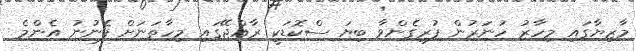
މާޒިޔާގައި މިހާރު ހުނަރުން ފުރިގެންވާ ބިޔަ ސްކޮޑަކީ ރާއްޖޭގައި މިހާތަނަށް ފެނުނު އެންމެ